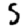
Digit: 5